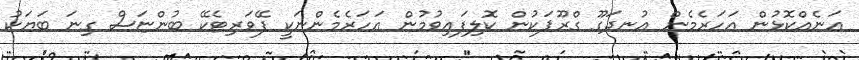
އަނެއްކޮޅުން އަހަރެމެން އުނދަގޫ ގްރޫޕަކުން ކޮލިފައިވުމުން އަހަރެމެންނަކީ ފޭވަރިޓެކޭ ބުންޏަސް ގިނަ ބަޔަކު